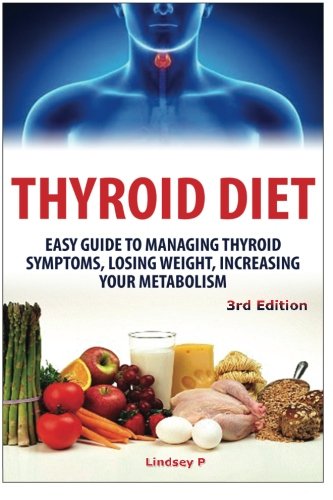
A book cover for Thyroid Diet: Easy Guide to Managing Thyroid Symptoms, Losing Weight, Increasing Your Metabolism; Lindsey P; Health, Fitness & Dieting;